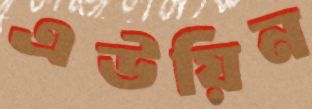
এউয়িন